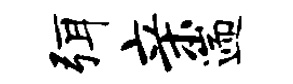
弭亲遄